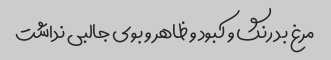
مرغ بد رنگ و کبود و ظاهر و بوی جالبی نداشت